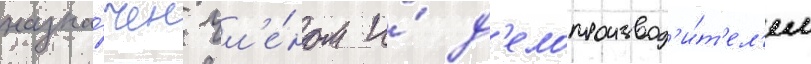
назна́чен чл'е́ном и́ д'елопроизвод'и́т'ел'ем